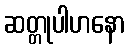
ဆတ္တုပါဟနော